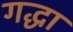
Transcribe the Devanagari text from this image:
गद्धा